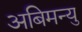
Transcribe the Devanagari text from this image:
अबिमन्यु